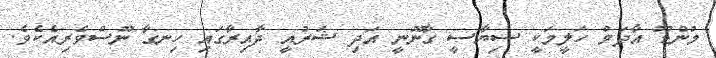
މުންޑޫ އާދަމް ހަލީމަކީ ސިޔާސީ ގާނޫނީ އަދި ޝަރުއީ ދާއިރާގައި ހިނގާ ނޫސްވެރިއެކެވެ.